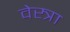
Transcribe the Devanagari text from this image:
वेस्त्रा